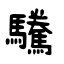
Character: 驣